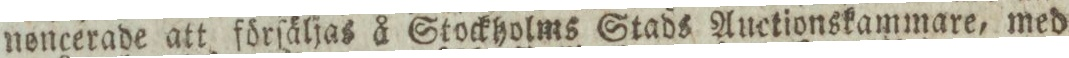
nencerade att förſäljas å Stockholms Stads Auctionskammare, med